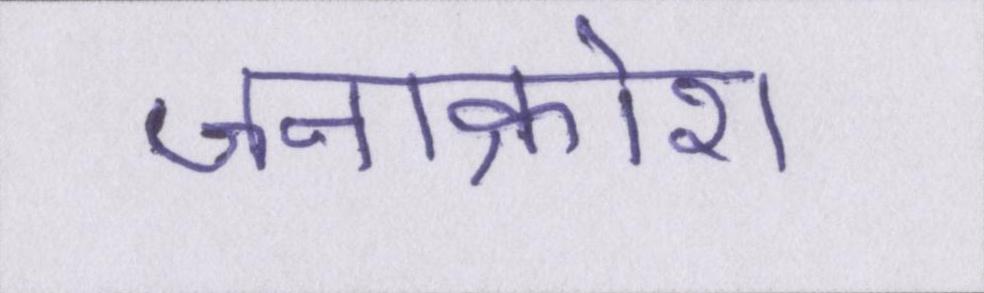
जनाक्रोश